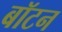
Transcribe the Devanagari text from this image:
बॉटन